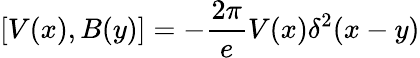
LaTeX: [V(x),B(y)]=-{\frac{2\pi}{e}}V(x)\delta^{2}(x-y)